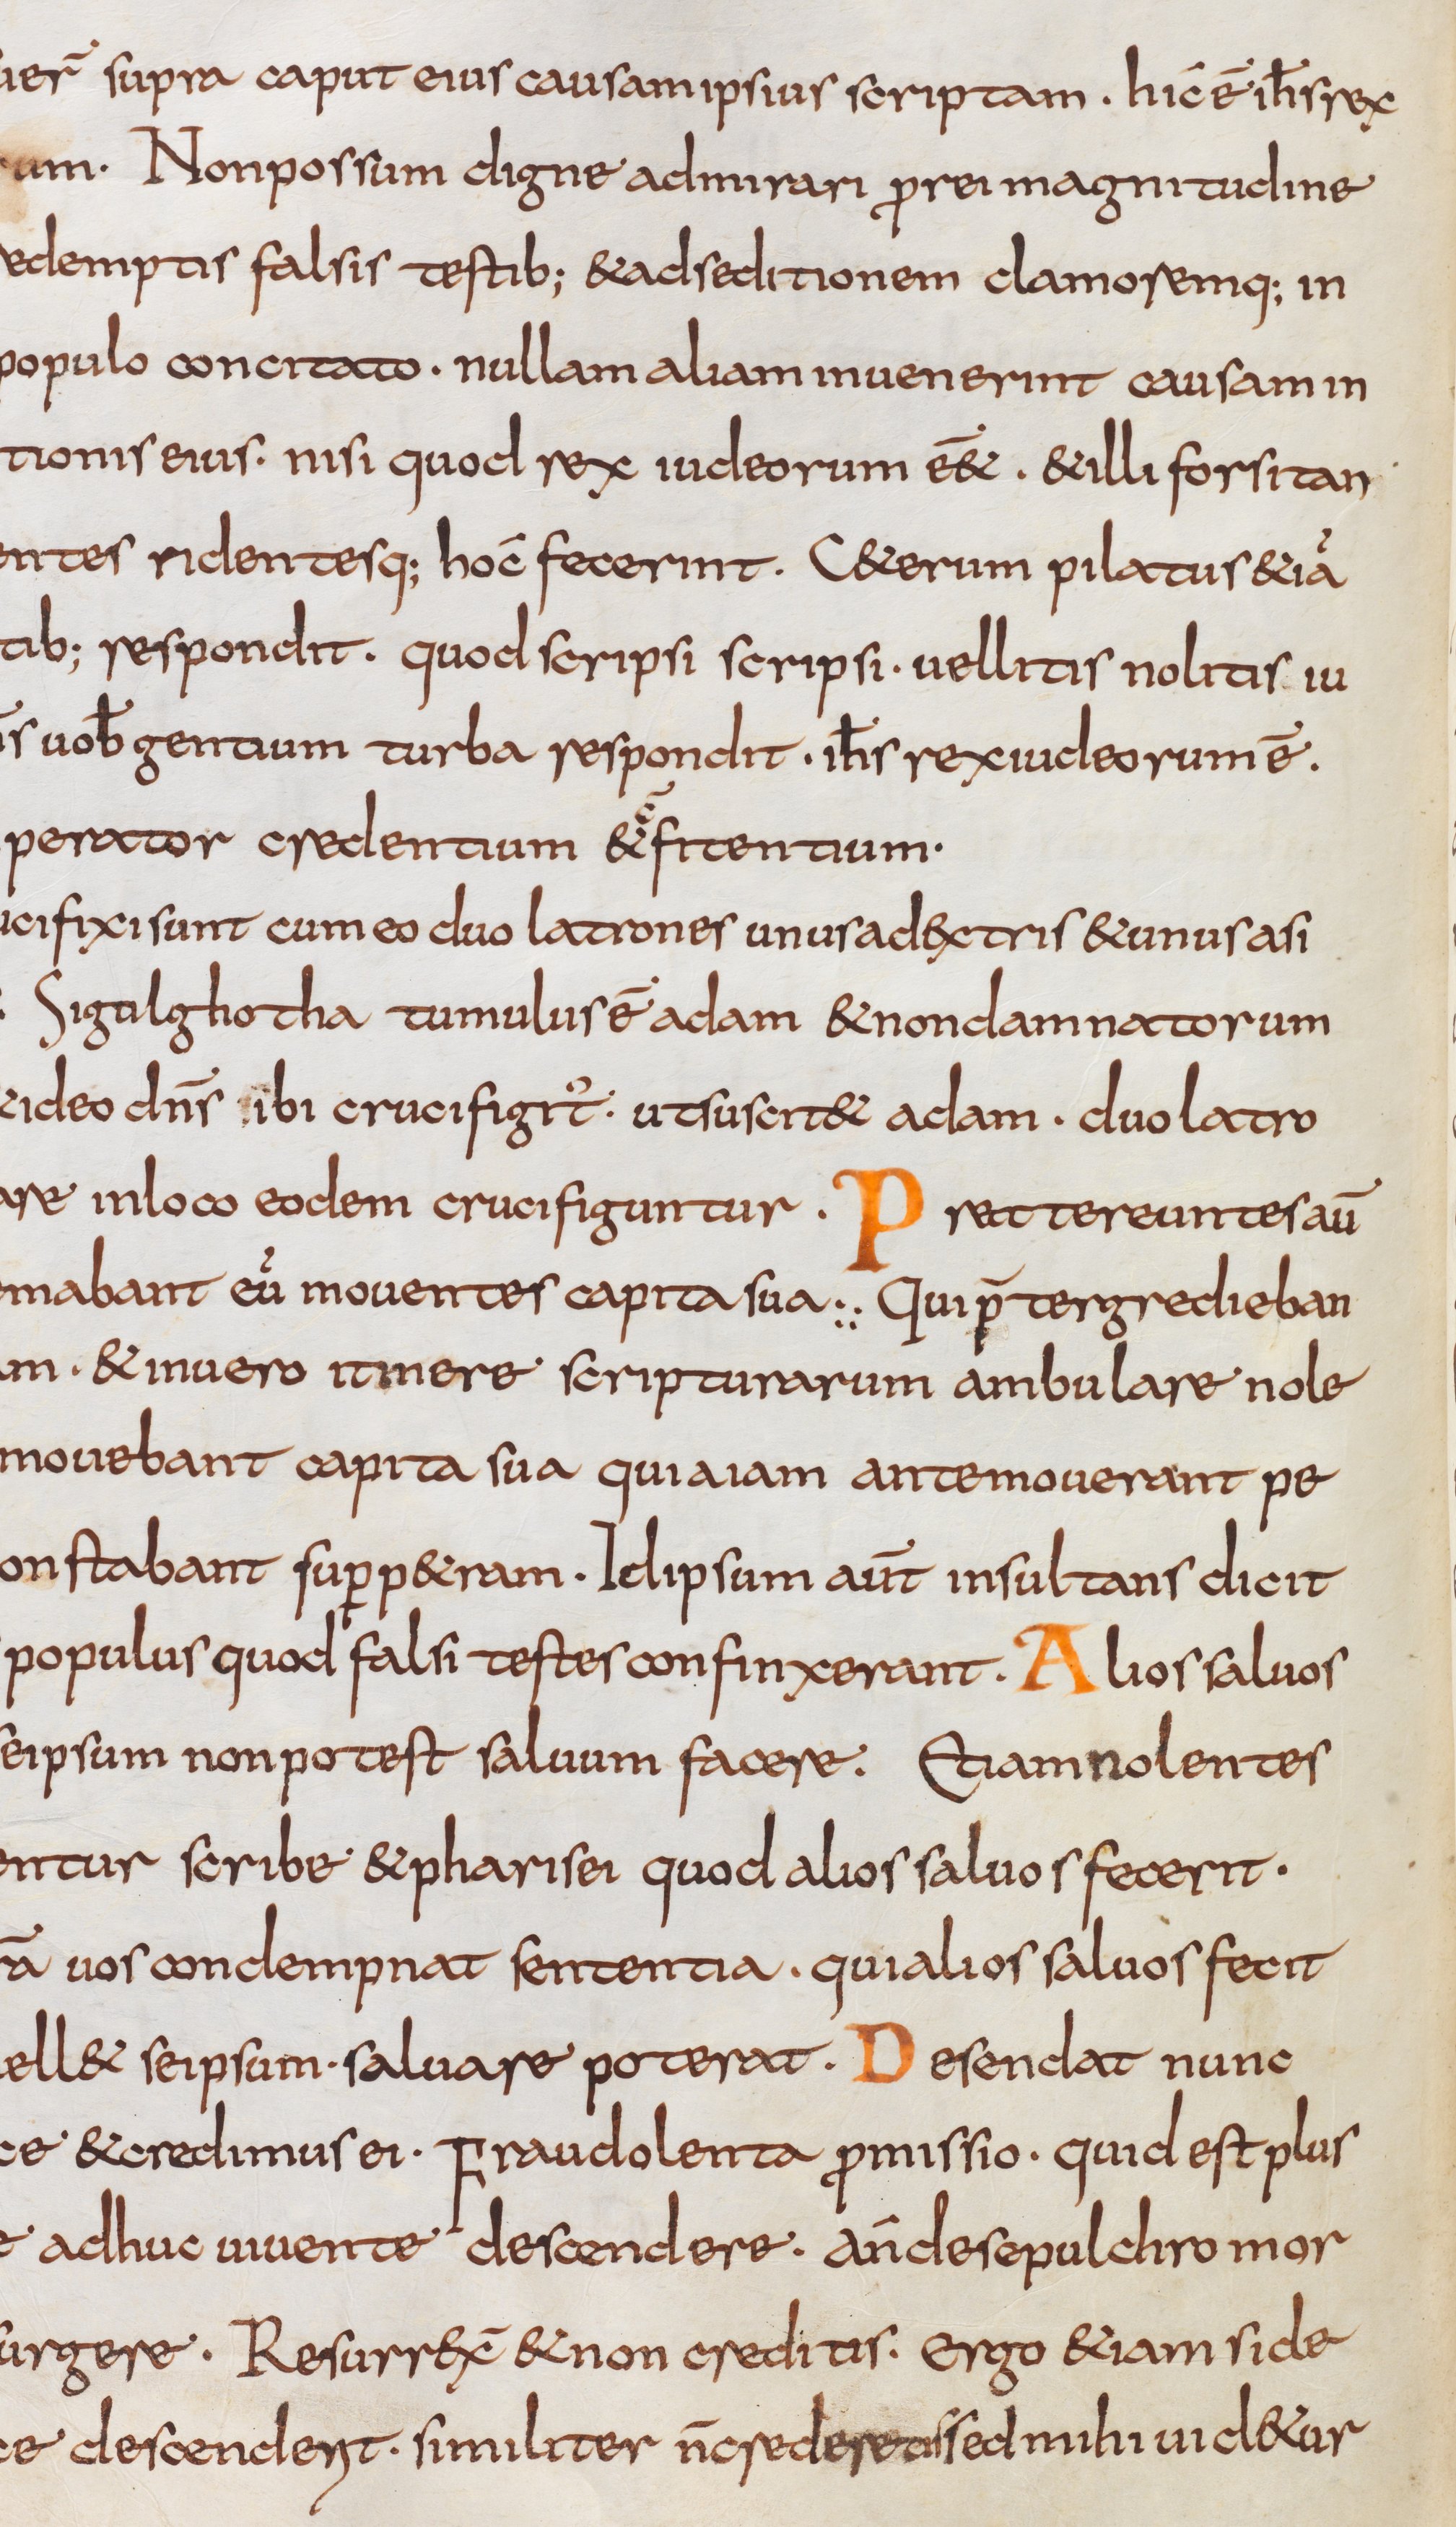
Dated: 800–832